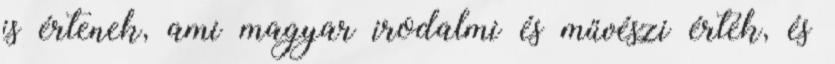
is értenek, ami magyar irodalmi és művészi érték, és